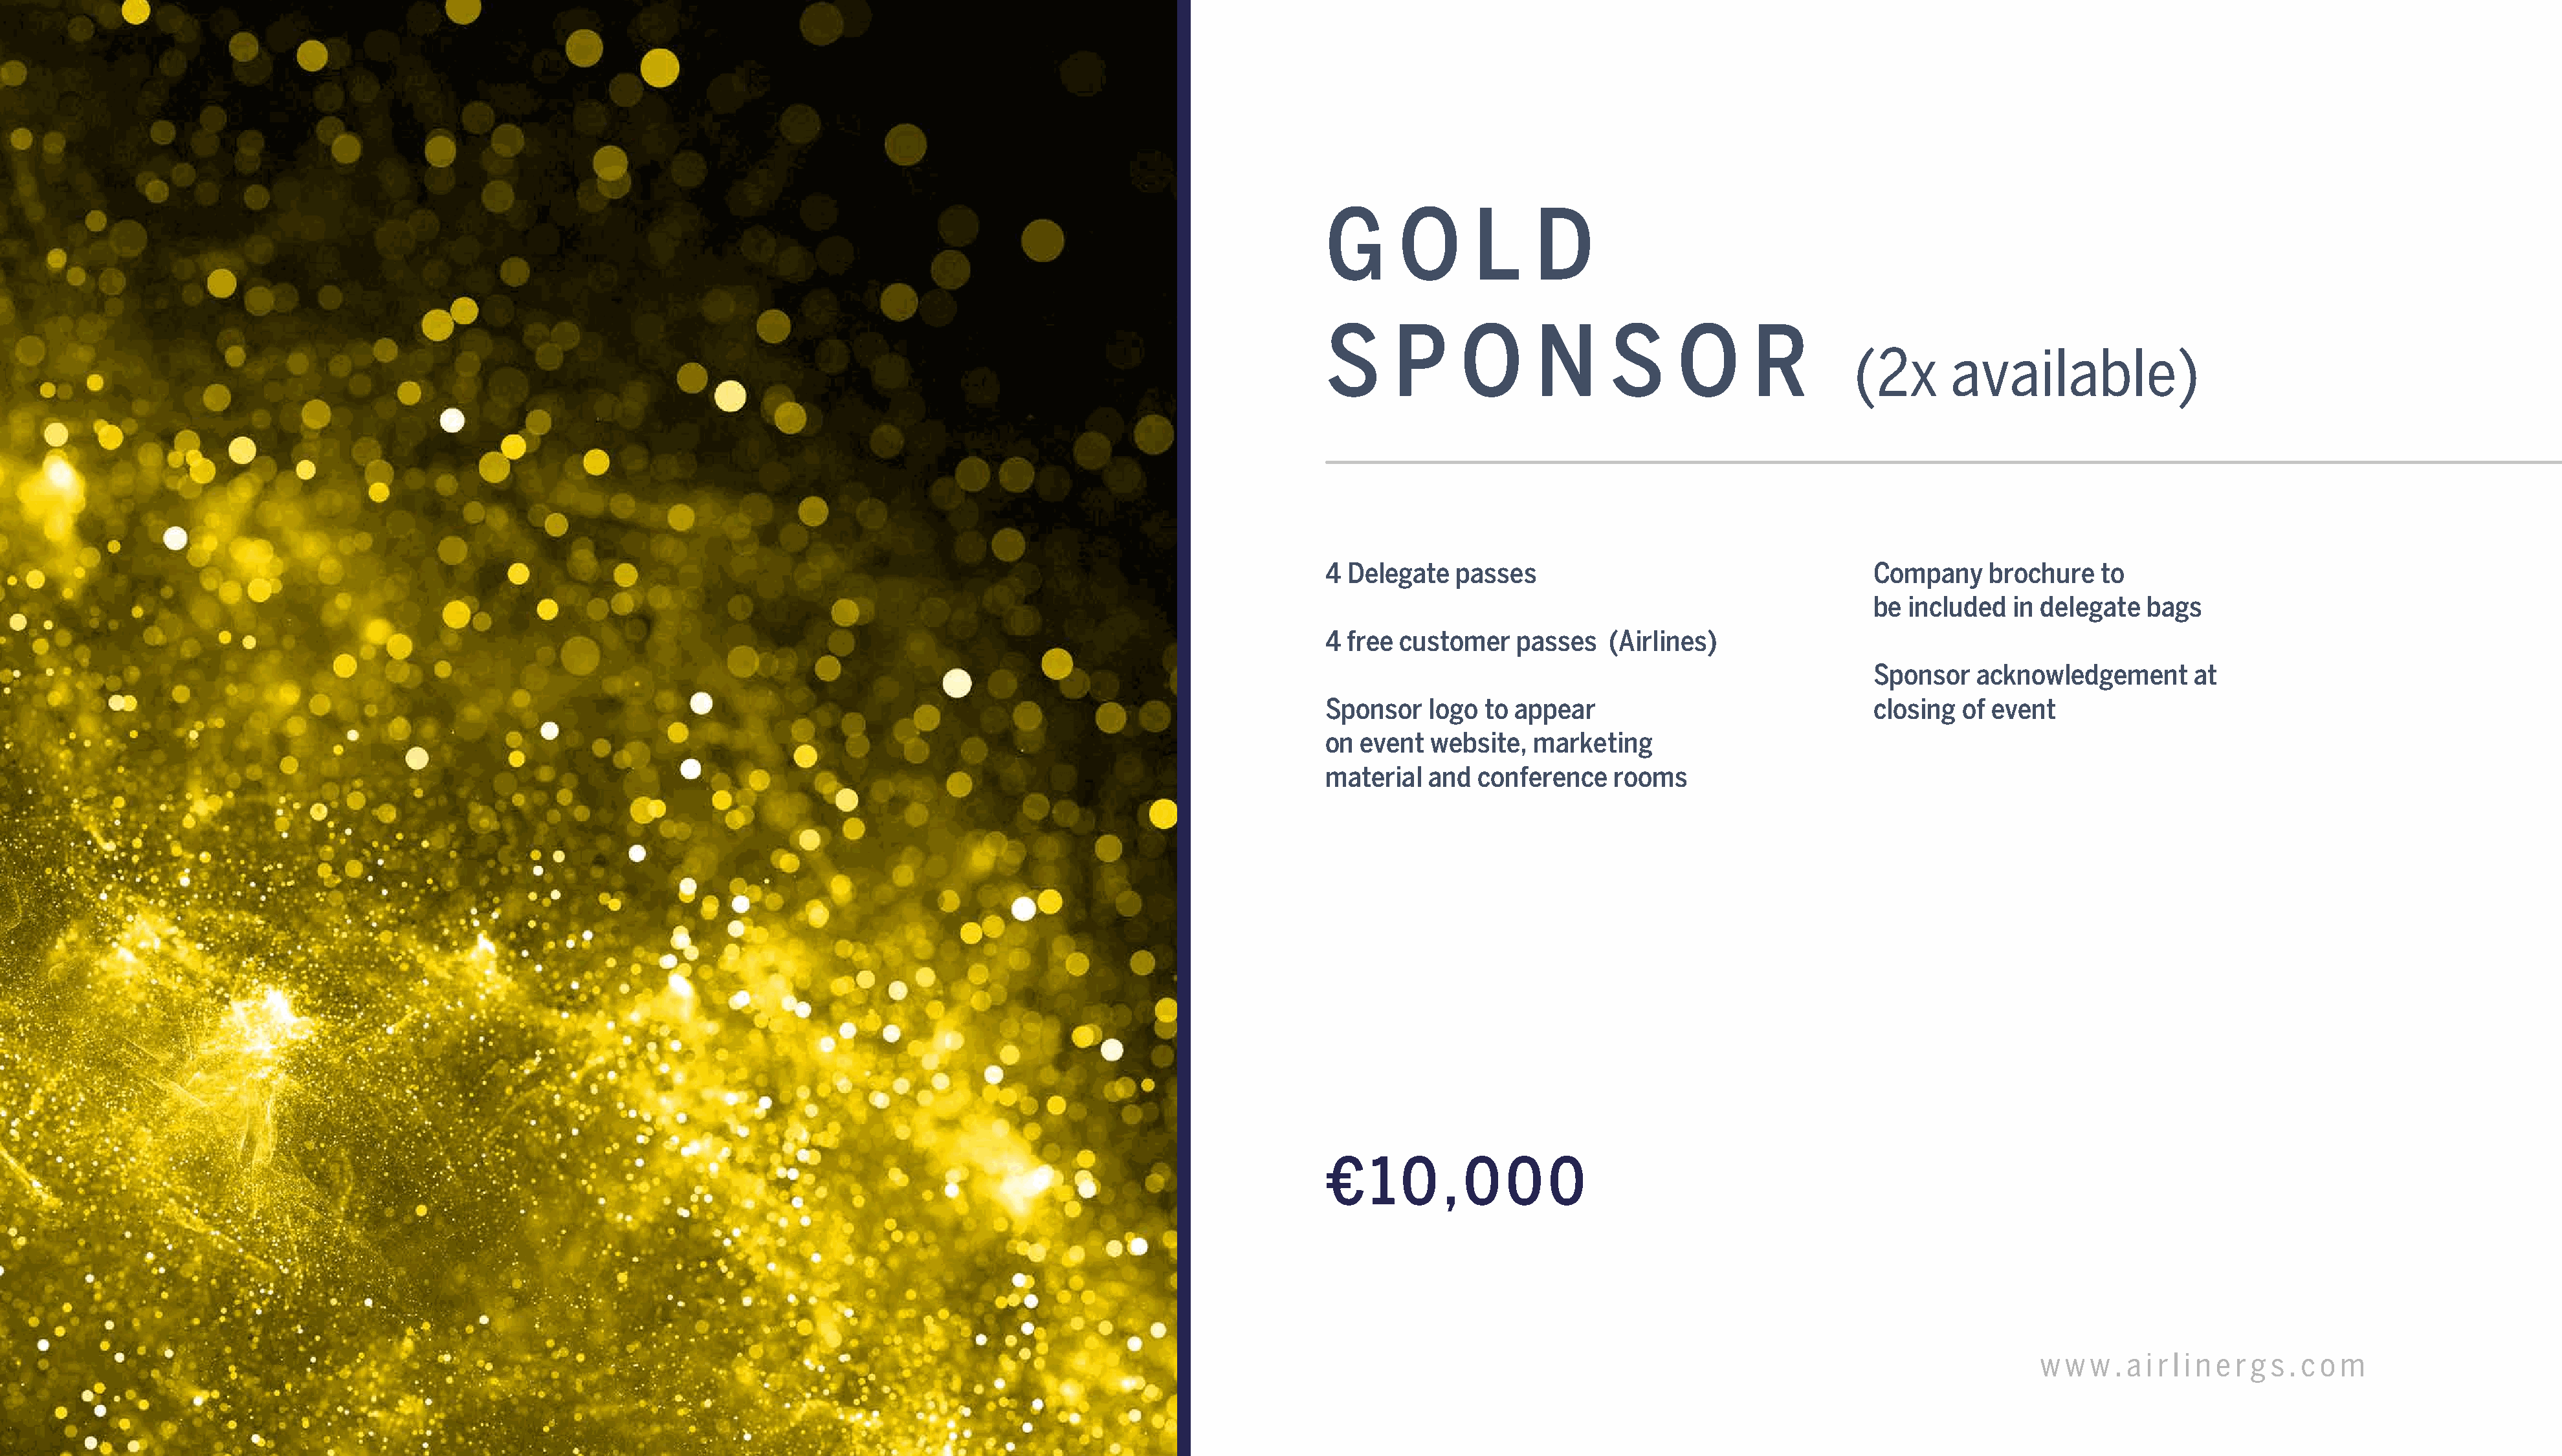
G      O       L     D
 S      P     O       N       S      O      R
 (2x       available)
 4 Delegate   passes                                     Company    brochure    to
 be included   in delegate   bags
 4 free customer    passes    (Airlines)
 Sponsor   acknowledgement       at
 Sponsor   logo  to appear                               closing  of event
 on event  website,   marketing
 material  and  conference    rooms
 €   1  0    , 0   0   0
 AGS    Global    Networking        Summit      2022                                                                                                                                          w w  w . a i r l i n e r g s . c o m